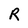
Character: R